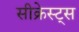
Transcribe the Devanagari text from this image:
सीक्रेस्ट्स